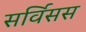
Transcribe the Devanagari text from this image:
सर्विसस